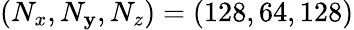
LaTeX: (N_{x},N_{\mathbf{y}},N_{z})=(128,64,128)